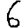
Digit: 6